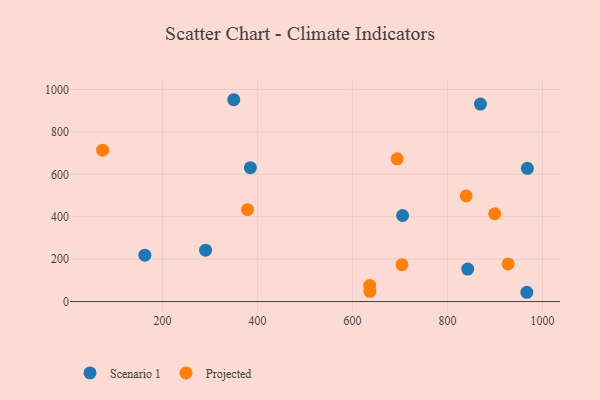
{"axis": {"x": "Price", "y": "Fuel Efficiency"}, "legend": ["Projected", "Scenario 1"], "data": [{"x": "842.6", "y": 153.2, "type": "Scenario 1"}, {"x": "869.4", "y": 931.2, "type": "Scenario 1"}, {"x": "163.1", "y": 218.5, "type": "Scenario 1"}, {"x": "705.6", "y": 405.7, "type": "Scenario 1"}, {"x": "967.1", "y": 43.7, "type": "Scenario 1"}, {"x": "350.2", "y": 951.7, "type": "Scenario 1"}, {"x": "385.1", "y": 631.2, "type": "Scenario 1"}, {"x": "968.2", "y": 628.1, "type": "Scenario 1"}, {"x": "290.9", "y": 242.0, "type": "Scenario 1"}, {"x": "899.4", "y": 414.0, "type": "Projected"}, {"x": "636.4", "y": 76.0, "type": "Projected"}, {"x": "694.1", "y": 673.0, "type": "Projected"}, {"x": "74.2", "y": 713.6, "type": "Projected"}, {"x": "927.7", "y": 177.2, "type": "Projected"}, {"x": "636.8", "y": 48.2, "type": "Projected"}, {"x": "379.2", "y": 433.2, "type": "Projected"}, {"x": "839.4", "y": 498.2, "type": "Projected"}, {"x": "704.3", "y": 173.7, "type": "Projected"}]}